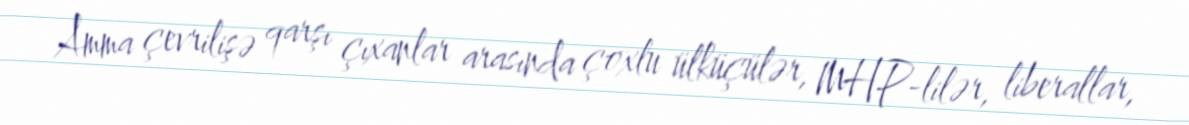
Amma çevrilişə qarşı çıxanlar arasında çoxlu ülküçülər, MHP-lilər, liberallar,